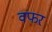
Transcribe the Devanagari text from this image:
वफर